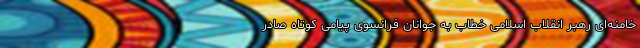
خامنه‌ای رهبر انقلاب اسلامی خطاب به جوانان فرانسوی پیامی کوتاه صادر